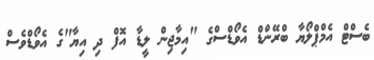
ބެސްޓް އެމްޕްލޯޔާ ބްރޭންޑް އެވޯޑްސްގެ "އިމާޖިން ލީޑާ އޮފް ދި އިޔާ"ގެ އެވޯޑްވެސް